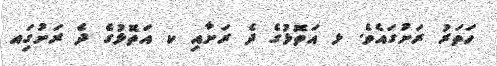
ހަތަރު ރަށުގައެވެ. ޅ އަތޮޅުގެ ދެ ރަށާއި ކ އަތޮޅުގެ ދެ ރަށުގަިއ